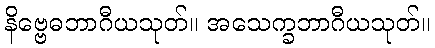
နိဗ္ဗေဓဘာဂီယသုတ်။ အသေက္ခဘာဂီယသုတ်။